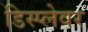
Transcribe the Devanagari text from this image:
डिस्प्लेवर